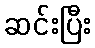
ဆင်းပြီး